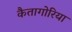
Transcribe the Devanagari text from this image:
कैतागोरिया